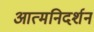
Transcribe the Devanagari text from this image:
आत्मनिदर्शन